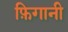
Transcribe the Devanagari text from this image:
फ़िगानी